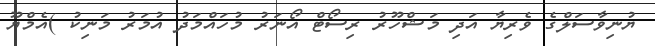
ޔުނިވާސަލްގެ ވެރިޔާ އަދި މަޝްހޫރު ރިސޯޓް އޯނަރު މުހައްމަދު އުމަރު މަނިކު )އެމްޔޫ